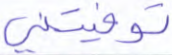
توفيتني